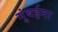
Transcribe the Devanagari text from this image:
मुंबईना